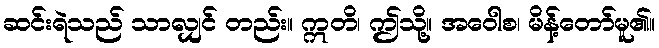
ဆင်းရဲသည် သာလျှင် တည်း။ ဣတိ၊ ဤသို့။ အဝေါစ၊ မိန့်တော်မူ၏။